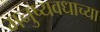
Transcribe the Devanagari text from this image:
मनुष्यवधाच्या